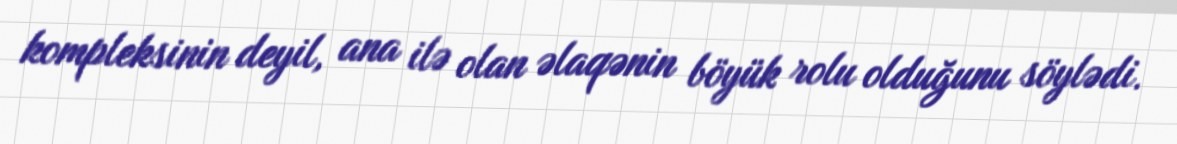
kompleksinin deyil, ana ilə olan əlaqənin böyük rolu olduğunu söylədi.